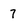
Character: 7